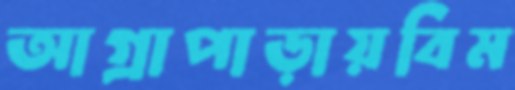
আগ্রাপাড়ায়বিম